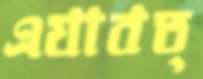
এযাবত্